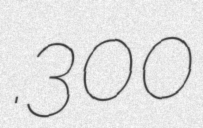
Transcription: .300